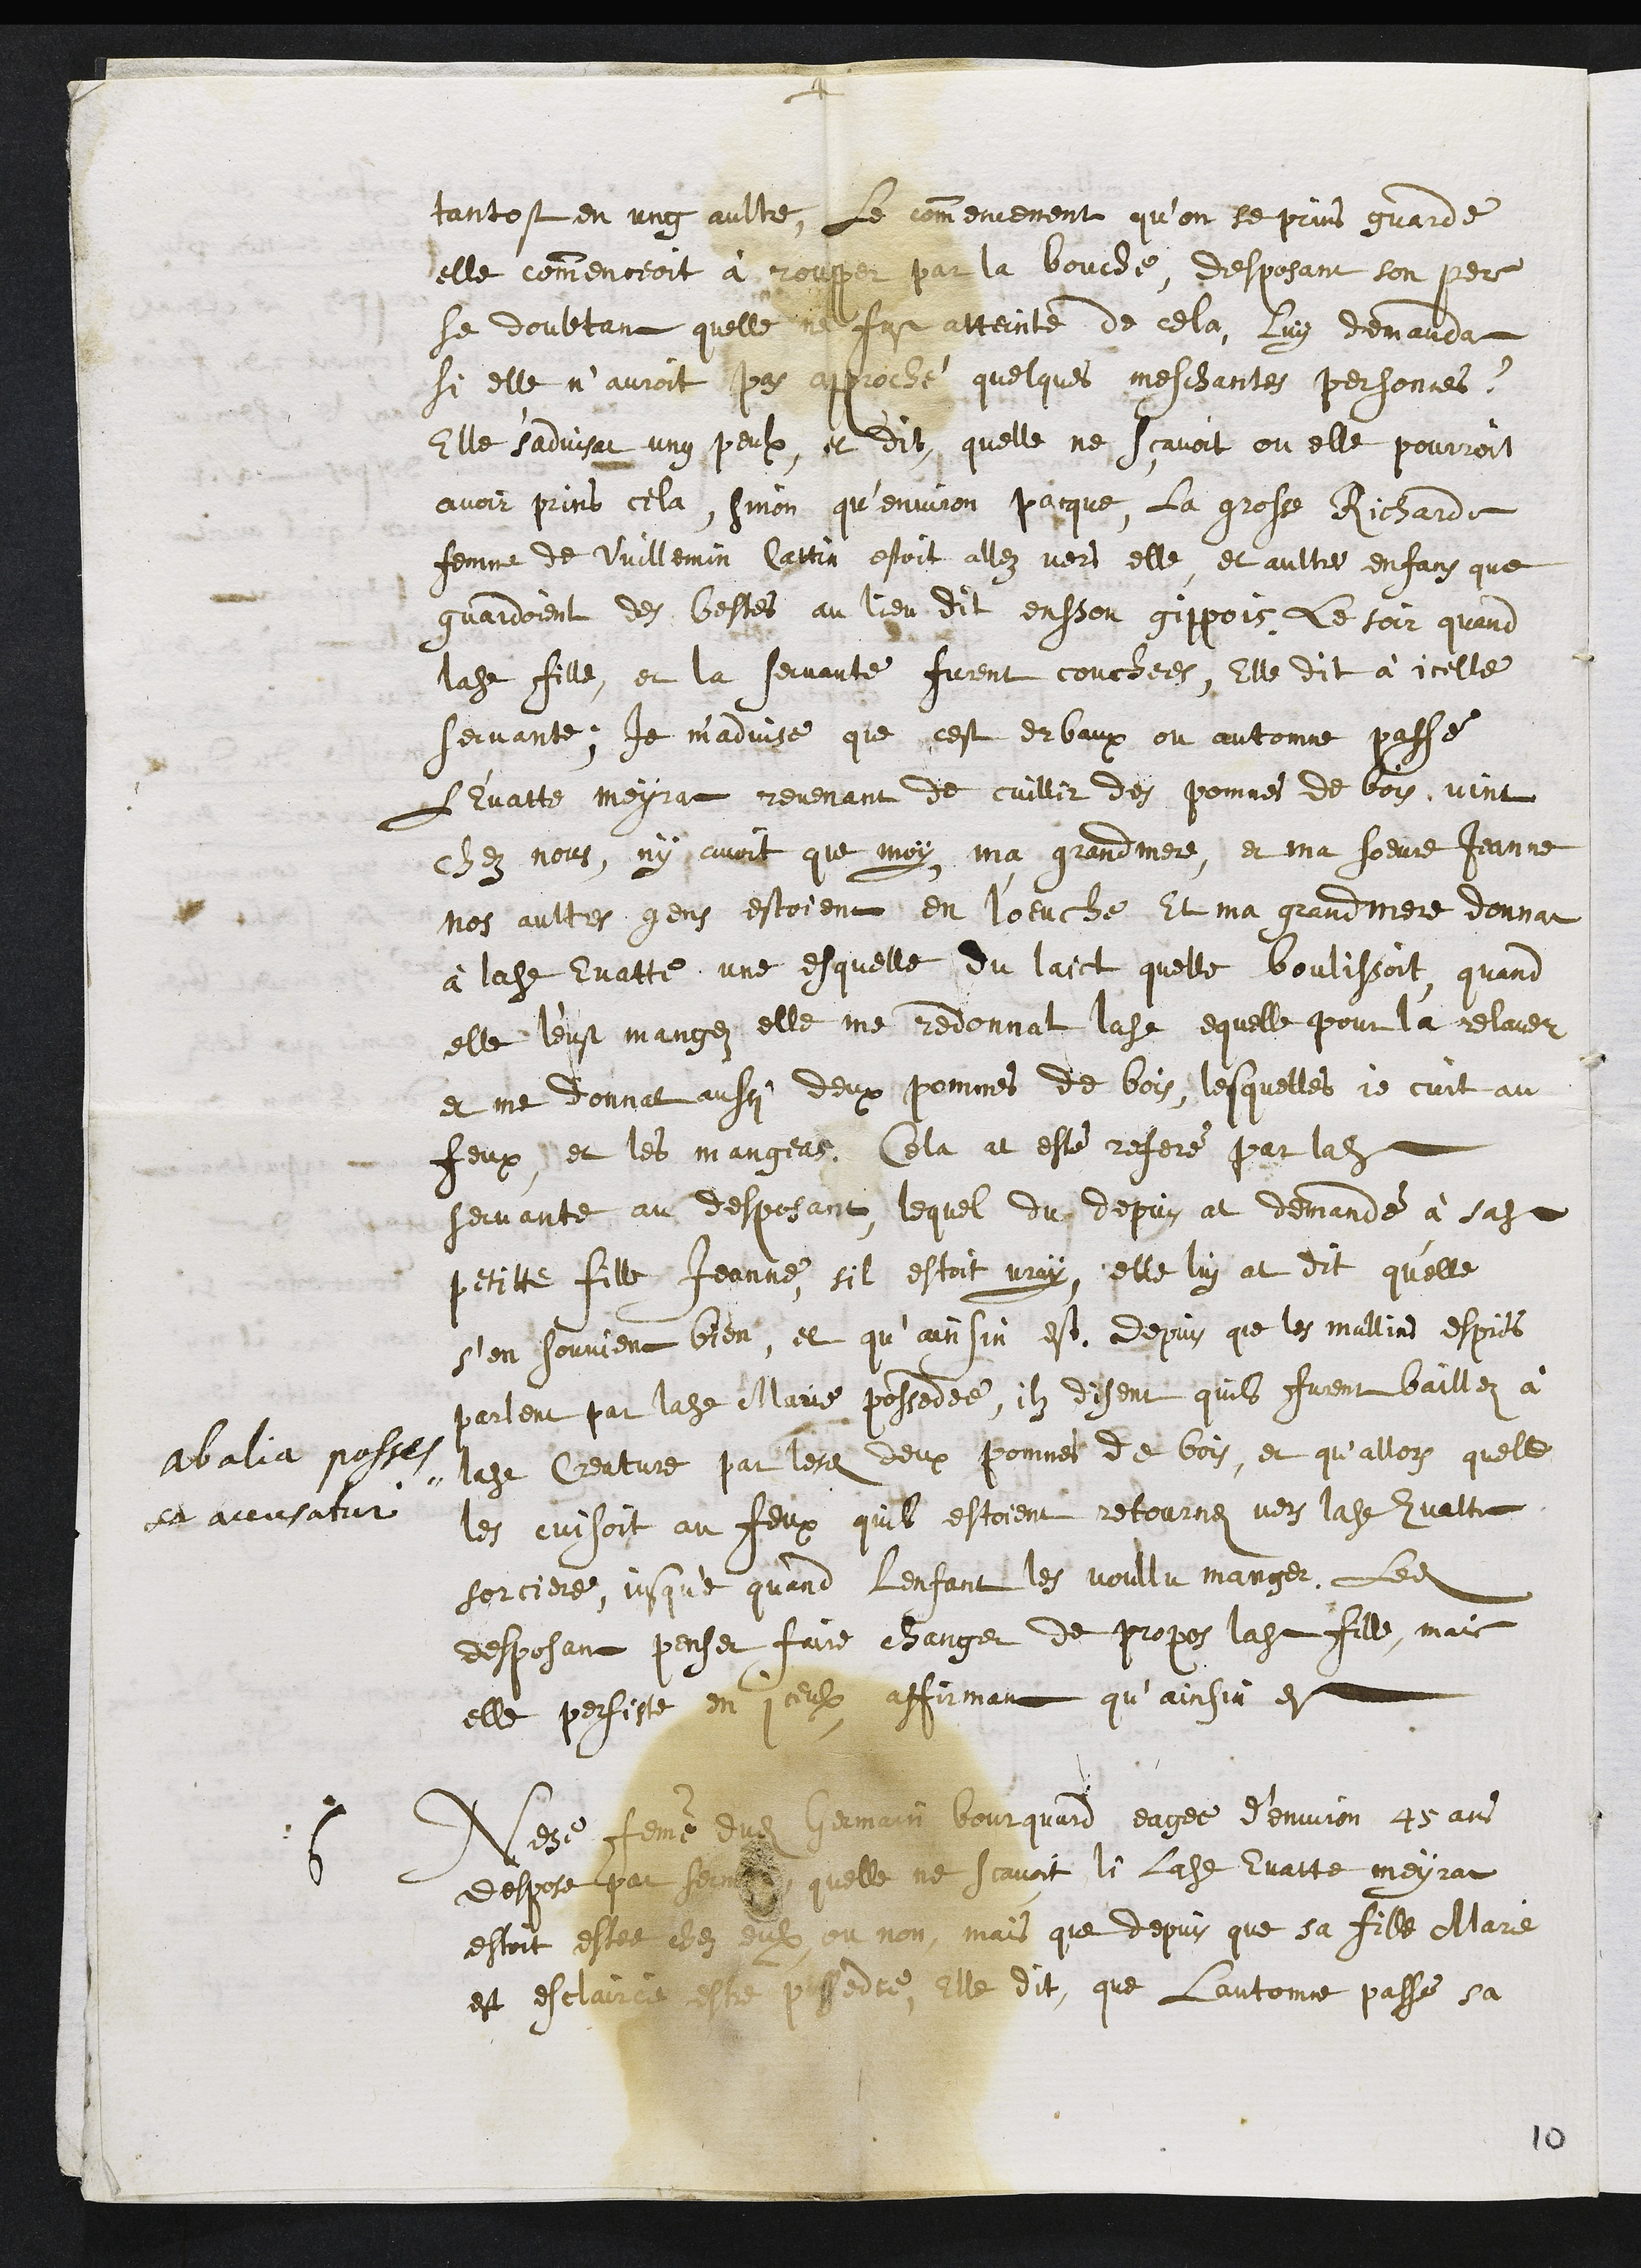
+
Ab alia posses¬
sa accusatur
tantost en ung aultre, Le commencement qu’on se prins guarde
elle commenceoit à roupper par la bouche, desposant son pere
se doubtant quelle ne fust atteinte de cela, Luy demanda
si elle n’auroit pas approché quelques meschantes personnes ?
Elle s'advisat ung peulx, et dit, quelle ne sçavoit ou elle pourroit
avoir prins cela, sinon qu’environ pacque, la grosse Richarde
femme de Vuillemin Cattin estoit allez vers elle, et aultres enfans que
gardoient des bestes au lieu dit ensson gippois. Le soir quand
ladite fille, et la servante furent couchees, Elle dit à icelle
servante, Je m'advise que cest erbaux ou autonne passé
L'Evatte meyrat revenant de cuillir des pommes de bois, vint
chez nous, ny avoit que moy, ma grandmere, et ma soeure Jeanne
nos aultres gens estoient en l'oeuche Et ma grand mere donnat
à ladite Evatte une esquelle du laict quelle boulissoit, quand
elle l'eust mangez, elle me redonnat ladite equelle pour la relaver
et me donnat aussi deux pommes de bois, lesquelles je cuit au
feux et les mangeas. Cela at esté referé par ladite
servante au desposant, lequel du depuis at demandé à sadite
petitte fille Jeanne, sil estoit vray, elle luy at dit qu'elle
s'en souvient bien, et qu’ainsin est. Depuis que les mallins esprits
parlent par ladite Marie possedée, ilz disent quil furent baillez à
ladite Creature par lesdites deux pommes de bois, et qu’allors quelle
les cuisoit au feux quil estoient retournez vers ladite Evatte
sorciere, jusque quand Lenfant les voullu manger. Ledit
desposant penser faire changer de propos ladite fille, mais
elle persiste en iceulx, affirmant qu’ainsin est
6
Nese femme dudit Germain Bourquard eagee d’environ 45 ans
despose par serment quelle ne scavoit si ladite Evatte meyrat
estoit estee chez eulx ou non, mais que depuis que sa fille Marie
est esclaircie estre possedee, Elle dit, que Lautomne passé sa
10